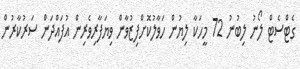
ގެޓްސެޓް ލޯނު ލިބުނު 72 މީހަކާ ލިޔުން ހަވާލުކޮށްފިޒުވާން ވިޔަފާރިވެރިން އުފައްދަން ސަރުކާރުން